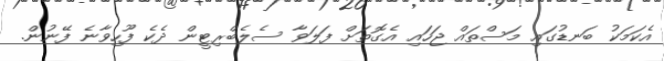
އެކަމަކު ބަނޑުގައި މަސްތައް ޖަހައި އެގޮތަށް ފަލަވާ ސެލެބްރިޓީން ދެކެ ފޫހިވާނެ ފޭނުން.